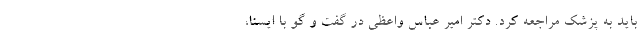
باید به پزشک مراجعه کرد. دکتر امیر عباس واعظی در گفت و گو با ایسنا،